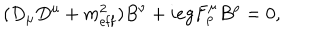
( D _ { \mu } D ^ { \mu } + m _ { \mathrm { e f f } } ^ { 2 } ) B ^ { \nu } + i e g F _ { \rho } ^ { \mu } B ^ { \rho } = 0 ,